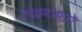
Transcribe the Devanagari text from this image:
गोळ्यांमागे